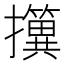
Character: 𢹢